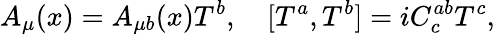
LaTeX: A_{\mu}(x)=A_{\mu b}(x)T^{b},\quad[T^{a},T^{b}]=iC_{c}^{ab}T^{c},